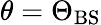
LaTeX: \theta=\Theta_{\mathrm{BS}}